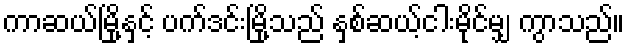
ကာဆယ်မြို့နှင့် ပက်ဒင်းမြို့သည် နှစ်ဆယ့်ငါးမိုင်မျှ ကွာသည်။